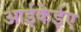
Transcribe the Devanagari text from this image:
आईकेईए